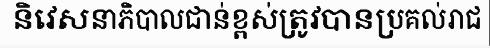
និវេសនាភិបាលជាន់ខ្ពស់ត្រូវបានប្រគល់រាជ